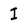
Character: I